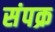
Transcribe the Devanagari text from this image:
संपक्र